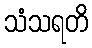
သံသရတိ